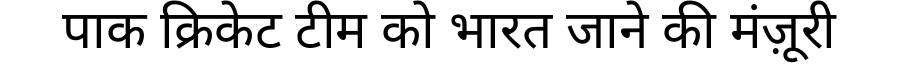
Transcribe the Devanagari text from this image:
पाक क्रिकेट टीम को भारत जाने की मंज़ूरी